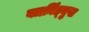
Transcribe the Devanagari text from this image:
वार्क्रीप्र्मुख